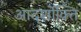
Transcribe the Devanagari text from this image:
आदर्शोक्ति